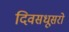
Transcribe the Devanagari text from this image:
दिवसधूसरो